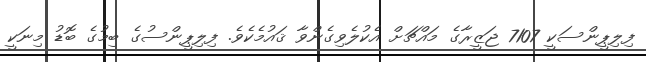
ފިލިޕީންސަކީ 7107 ޖަޒީރާގެ މައްޗަށް އެކުލެވިގެންވާ ޤައުމެކެވެ. ފިލިޕީންސުގެ ބިމުގެ ބޮޑު މިނަކީ